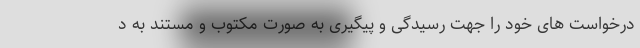
درخواست های خود را جهت رسیدگی و پیگیری به صورت مکتوب و مستند به د